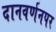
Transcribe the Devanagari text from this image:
दानवर्णनपर